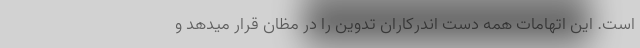
است. این اتهامات همه دست اندرکاران تدوین را در مظان قرار میدهد و